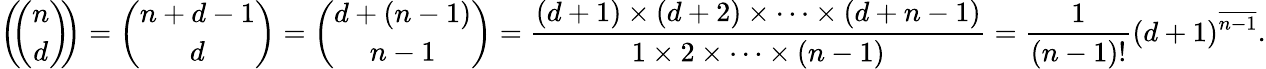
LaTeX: \left(\! \! {\binom{n}{d}}\! \! \right)={\binom{n+d-1}{d}}={\binom{d+(n-1)}{n-1}}={\frac{(d+1)\times(d+2)\times\cdots\times(d+n-1)}{1\times 2\times\cdots\times(n-1)}}={\frac{1}{(n-1)!}}(d+1)^{\overline{{n-1}}}.